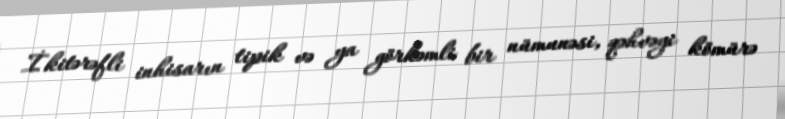
İkitərəfli inhisarın tipik və ya görkəmli bir nümunəsi, qəhvəyi kömürə